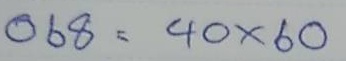
068 = 40 x 60